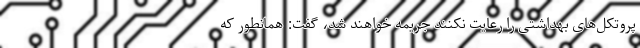
پروتکل‌های بهداشتی را رعایت نکنند جریمه خواهند شد، گفت: همانطور که